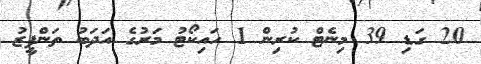
20 ގަޑި 39 މިނެޓް ކުރިން 1 ހައިކޯޓު މަރުގެ އަދަބު ތަންފީޒު